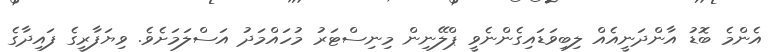
އެންމެ ބޮޑު އާންދަނީއެއް ލިބިވަޑައިގެންނެވީ ޕްލޭނިން މިނިސްޓަރު މުހައްމަދު އަސްލަމަށެވެ. ވިޔަފާރީގެ ފައިދާގެ